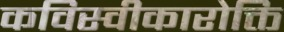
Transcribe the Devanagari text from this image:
कविस्वीकारोक्ति